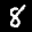
Label: 8